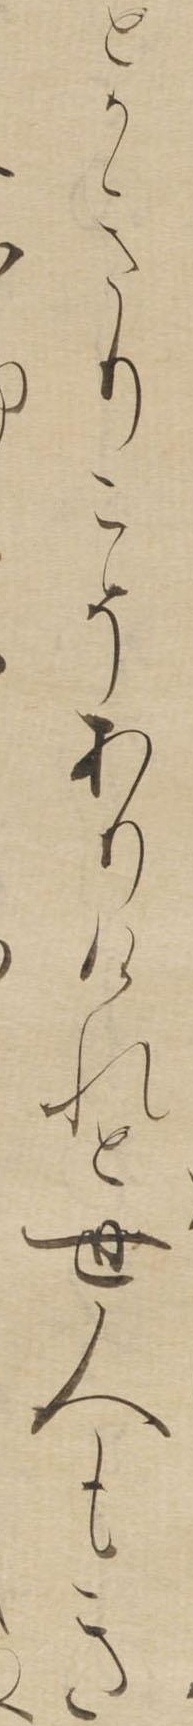
とかきりこそありけれと世人もき